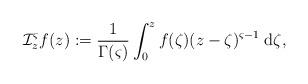
LaTeX: \begin{align*}\mathcal{I}^{ \varsigma}_{z} f(z):= \dfrac{1}{\Gamma(\varsigma)} \int_{0}^{z} f(\zeta)(z- \zeta)^{\varsigma -1} \; {\rm d}\zeta ,\end{align*}